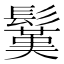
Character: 𩮽